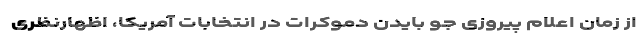
از زمان اعلام پیروزی جو بایدن دموکرات در انتخابات آمریکا، اظهارنظری